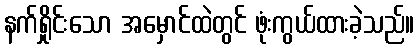
နက်ရှိုင်းသော အမှောင်ထဲတွင် ဖုံးကွယ်ထားခဲ့သည်။